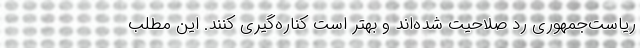
ریاست‌جمهوری رد صلاحیت شده‌اند و بهتر است کناره‌گیری کنند. این مطلب